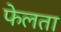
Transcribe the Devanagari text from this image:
फेलता